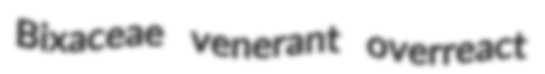
Bixaceae venerant overreact